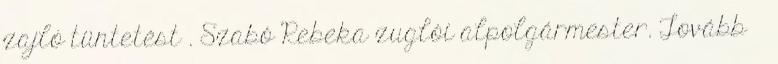
zajló tüntetést . Szabó Rebeka zuglói alpolgármester. Tovább ›